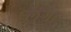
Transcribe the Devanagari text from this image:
लंगा